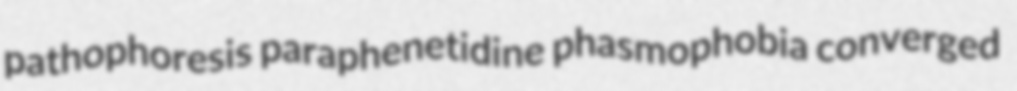
pathophoresis paraphenetidine phasmophobia converged